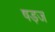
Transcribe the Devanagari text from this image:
षड़ज